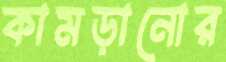
কামড়ানোর